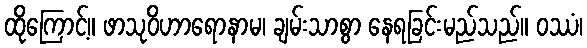
ထိုကြောင့်။ ဖာသုဝိဟာရောနာမ၊ ချမ်းသာစွာ နေရခြင်းမည်သည်။ ဝဿံ၊